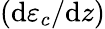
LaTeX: (\mathrm{d}\varepsilon_{c}/\mathrm{d}z)